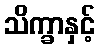
သိက္ခာနှင့်